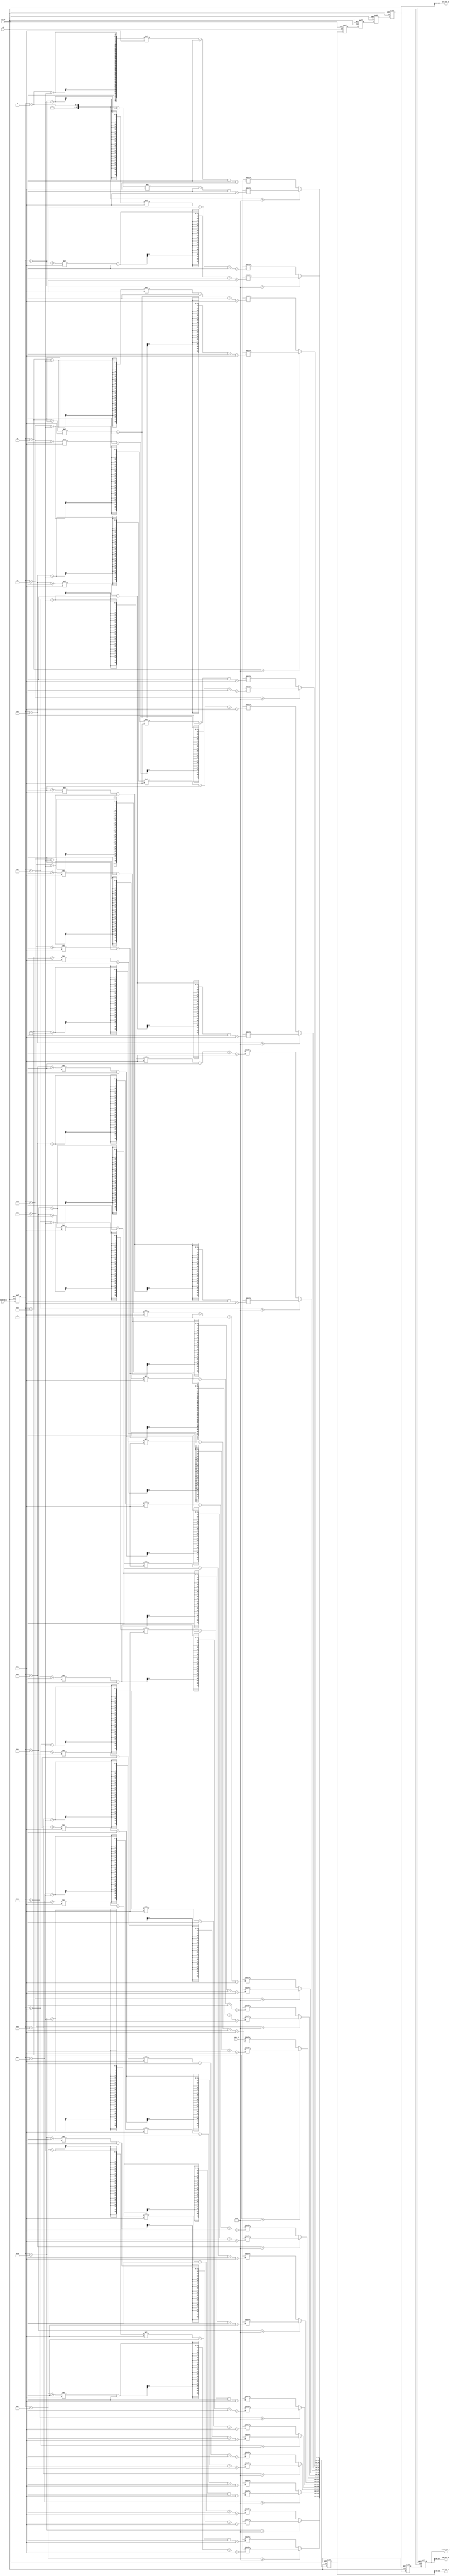
/********************************************************************
 *
 *   Version:    v1.0
 *   Note:       Memory_output
 *
 *********************************************************************/

module Memory_output #(parameter    ADDR_WIDTH      =  12,
                                    SRH_LENGTH      =  13,
                                    REF_LENGTH      =  5,
                                    TOTAL_LENGTH    =  17,
                                    DATA_WIDTH      =  12,
                                    BLOCK_RADIUS    =  2,
                                    WIN_RADIUS      =  6)
            (
                clk,
                rst_n,
                data_i,
                head_num_i,
                total_blk_o,
                ref_blk_o,
                srh_blk_o,
                img_pix_o           
            );

    parameter   MEM_DEPTH               =       2 ** ADDR_WIDTH                                                 ;
    parameter   SRAM_SIZE               =       2 * (BLOCK_RADIUS + WIN_RADIUS + 1)                             ;//18
    parameter   HALF                    =       SRAM_SIZE / 2                                                   ;
    parameter   REG_NUM                 =       (TOTAL_LENGTH - REF_LENGTH) / 2 + 1                             ;//7
    parameter   TOTAL_SRH               =       (TOTAL_LENGTH - SRH_LENGTH) / 2                                 ;//2
    parameter   TOTAL_REF               =       (TOTAL_LENGTH - REF_LENGTH) / 2                                 ;//6
    parameter   SRH_REF                 =       (SRH_LENGTH - REF_LENGTH) / 2                                   ;//4

    input                                                                               clk                     ;
    input                                                                               rst_n                   ;
    input       [SRAM_SIZE * DATA_WIDTH - 1                     :0]                     data_i                  ;
    input       [4                                              :0]                     head_num_i              ;
    output      [TOTAL_LENGTH * DATA_WIDTH - 1                  :0]                     total_blk_o             ;
    output      [REF_LENGTH * DATA_WIDTH - 1                    :0]                     ref_blk_o               ;
    output      [SRH_LENGTH * DATA_WIDTH - 1                    :0]                     srh_blk_o               ;
    output      [DATA_WIDTH - 1                                 :0]                     img_pix_o               ;

    wire        [(SRAM_SIZE - 1) * DATA_WIDTH - 1               :0]                     data_valid                                      ;// 0 - 17 head - tail
    reg         [(SRAM_SIZE - 1) * DATA_WIDTH - 1               :0]                     data_delay              [REG_NUM - 1 : 0]       ;
    reg         [4                                              :0]                     head_num_r                                      ;

    always @(posedge clk or negedge rst_n)      begin
        if(!rst_n)
            head_num_r <= 0;
        else
            head_num_r <= head_num_i;
    end

    //get valid data
    genvar i;
    generate for(i = 0; i < SRAM_SIZE - 1; i = i + 1)   begin
        assign data_valid[(i + 1) * DATA_WIDTH - 1:i * DATA_WIDTH] = ((head_num_r + i < 18) ? data_i[((head_num_r + i + 1) * DATA_WIDTH - 1)-:DATA_WIDTH] : data_i[((head_num_r + i - 17) * DATA_WIDTH - 1)-:DATA_WIDTH]);
    end
    endgenerate

    //shift register
    always @(posedge clk or negedge rst_n)  begin
            if(!rst_n)
                data_delay[0] <= 0;
            else
                data_delay[0] <= data_valid;
    end
    genvar k;
    generate for(k = 1; k < REG_NUM; k = k + 1)   begin
        always @(posedge clk or negedge rst_n)  begin
            if(!rst_n)
                data_delay[k] <= 0;
            else
                data_delay[k] <= data_delay[k - 1];
        end
    end
    endgenerate

    //output
    assign total_blk_o = data_delay[REG_NUM - 1];
    assign ref_blk_o = data_delay[0][(TOTAL_LENGTH - TOTAL_REF) * DATA_WIDTH - 1 : TOTAL_REF * DATA_WIDTH];
    assign srh_blk_o = data_delay[SRH_REF][(TOTAL_LENGTH - TOTAL_SRH) * DATA_WIDTH - 1 : TOTAL_SRH * DATA_WIDTH];
    assign img_pix_o = data_delay[REG_NUM - 1][HALF * DATA_WIDTH - 1 : (HALF - 1) * DATA_WIDTH];
    
endmodule